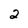
Character: 2